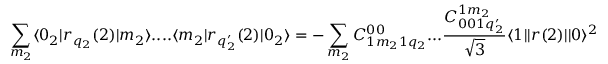
\sum _ { m _ { 2 } } \langle 0 _ { 2 } | r _ { q _ { 2 } } ( 2 ) | m _ { 2 } \rangle . . . . \langle m _ { 2 } | r _ { q _ { 2 } ^ { \prime } } ( 2 ) | 0 _ { 2 } \rangle = - \sum _ { m _ { 2 } } C _ { 1 m _ { 2 } 1 q _ { 2 } } ^ { 0 0 } . . . \frac { C _ { 0 0 1 q _ { 2 } ^ { \prime } } ^ { 1 m _ { 2 } } } { \sqrt { 3 } } \langle 1 | | r ( 2 ) | | 0 \rangle ^ { 2 }